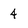
Character: 4